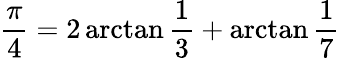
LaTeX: {\frac{\pi}{4}}=2\arctan{\frac{1}{3}}+\arctan{\frac{1}{7}}